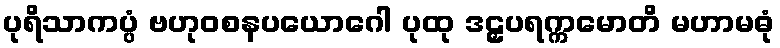
ပုရိသာကပ္ပံ ဗဟုဝစနပယောဂေါ ပုထု ဒဠှပရက္ကမောတိ မဟာမဓုံ